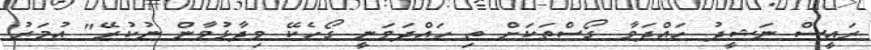
ރައީސް ނަޝީދު ހައްދަވާ ގޯސްތަކަށް ތި ހައްދަވަނީ ގޯހެކޭ ވިދާޅުވާން ނުކުރޭ" އުމަރު